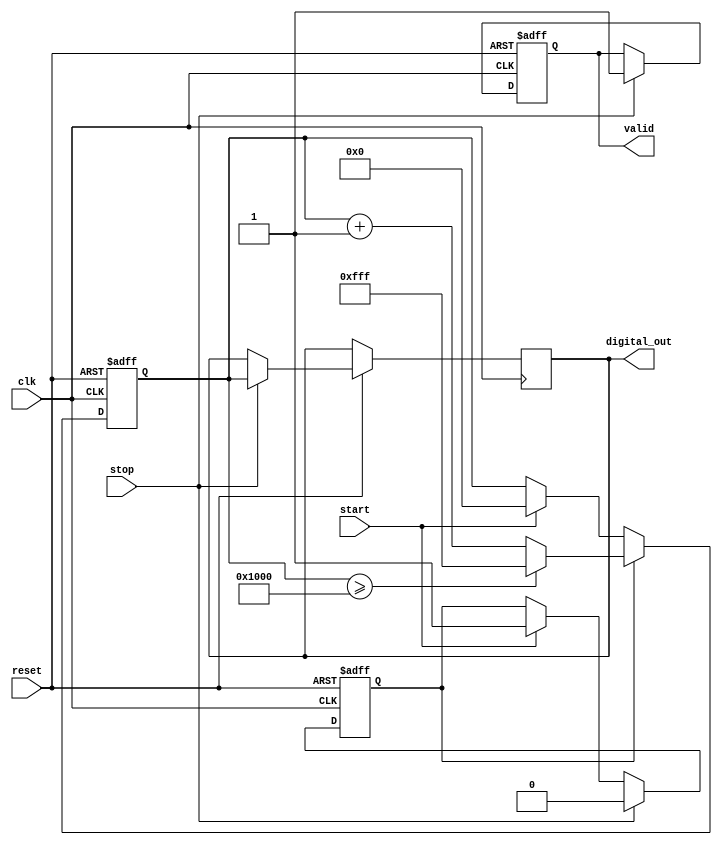
module TDC (
    input wire clk,                // High-frequency clock
    input wire start,              // Start signal (rising edge)
    input wire stop,               // Stop signal (falling edge)
    input wire reset,              // Reset signal
    output reg [11:0] digital_out, // Digital output (12-bit for ADC)
    output reg valid               // Output valid flag
);

    // Parameters
    parameter ADC_RESOLUTION = 12; // ADC resolution (12 bits)
    parameter MAX_MEMORY_SIZE = 16; // Size of memory block

    // Internal Signals
    reg [ADC_RESOLUTION-1:0] capacitor_voltage; // Simulated capacitor voltage
    reg charging; // Charging state
    reg [3:0] memory [0:MAX_MEMORY_SIZE-1]; // Memory block
    reg [3:0] memory_index; // Current index for memory storage

    // Current source and charging time constant
    parameter CURRENT_SOURCE = 1; // Constant current for charging (arbitrary unit)
    parameter CHARGE_TIME_CONSTANT = 1; // Time constant for charging capacitor

    // Control Logic
    always @(posedge clk or negedge reset) begin
        if (!reset) begin
            // Reset Logic
            charging <= 0;
            capacitor_voltage <= 0;
            valid <= 0;
            memory_index <= 0;
        end else begin
            // Start Charging on rising edge of start signal
            if (start) begin
                charging <= 1;
                capacitor_voltage <= 0; // Initialize voltage
            end

            // Stop Charging on falling edge of stop signal
            if (stop) begin
                charging <= 0;
                // Simulate ADC conversion based on voltage
                digital_out <= capacitor_voltage; // Output voltage as digital value
                valid <= 1; // Set valid flag
                // Store the digital value in memory
                if (memory_index < MAX_MEMORY_SIZE) begin
                    memory[memory_index] <= digital_out[3:0]; // Store least significant 4 bits
                    memory_index <= memory_index + 1; // Increment memory index
                end
            end
            
            // Charging process
            if (charging) begin
                // Simulate linear charging of the capacitor based on clock cycles
                capacitor_voltage <= capacitor_voltage + CURRENT_SOURCE; // Increase voltage
                if (capacitor_voltage >= (1 << ADC_RESOLUTION)) begin
                    capacitor_voltage <= (1 << ADC_RESOLUTION) - 1; // Clamp to max value
                end
            end
        end
    end

    // Reading stored values from memory (for verification)
    // This part can be extended to implement a proper memory readout mechanism
    integer i;
    initial begin
        for (i = 0; i < MAX_MEMORY_SIZE; i = i + 1) begin
            memory[i] = 0; // Initialize memory
        end
    end

endmodule